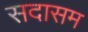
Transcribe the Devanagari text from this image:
सदासम